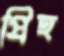
প্রিহ